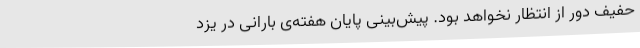
حفیف دور از انتظار نخواهد بود. پیش‌بینی پایان هفته‌ی بارانی در یزد